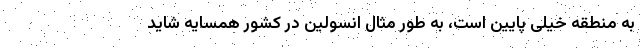
به منطقه‌ خیلی پایین است، به طور مثال انسولین در کشور همسایه شاید